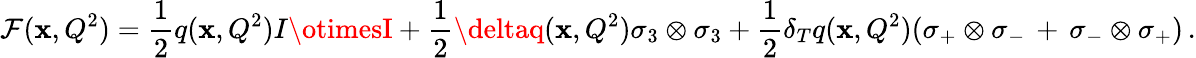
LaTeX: {\cal{F}}(\mathbf{x},Q^{2})=\frac{{1}}{{2}}q(\mathbf{x},Q^{2})I\otimesI+\frac{{1}}{{2}}\deltaq(\mathbf{x},Q^{2})\sigma_{3}\otimes\sigma_{3}+\frac{{1}}{{2}}\delta_{T}q(\mathbf{x},Q^{2})(\sigma_{+}\otimes\sigma_{-}\, +\, \sigma_{-}\otimes\sigma_{+})\, .